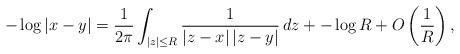
LaTeX: \begin{align*}-\log|x-y| = \frac1{2\pi} \int_{|z|\leq R} \frac{1}{|z-x|\,|z-y|} \, dz + - \log R + O\left(\frac1R\right),\end{align*}